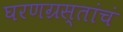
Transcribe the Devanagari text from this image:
घरणग्रस्तांचं